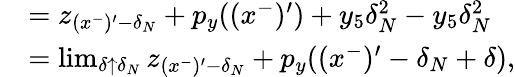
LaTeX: \begin{array}{rl}&{=z_{(x^{-})^{\prime}-\delta_{N}}+p_{y}((x^{-})^{\prime})+y_{5}\delta_{N}^{2}-y_{5}\delta_{N}^{2}}\\ &{=\operatorname*{lim}_{\delta\uparrow\delta_{N}}z_{(x^{-})^{\prime}-\delta_{N}}+p_{y}((x^{-})^{\prime}-\delta_{N}+\delta),}\end{array}